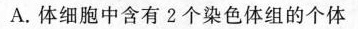
A.体细胞中含有2个染色体组的个体